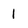
Character: 1